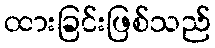
ထားခြင်းဖြစ်သည်